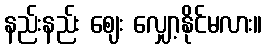
နည်းနည်း ဈေး လျှော့နိုင်မလား။